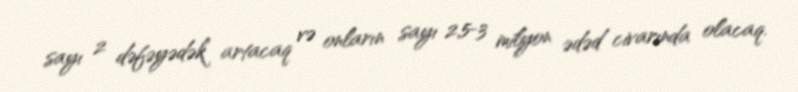
sayı 2 dəfəyədək artacaq və onların sayı 2,5-3 milyon ədəd civarında olacaq.